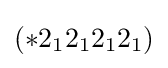
(*2_{1}2_{1}2_{1}2_{1})